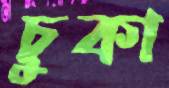
চুকা